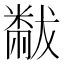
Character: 𬖬